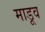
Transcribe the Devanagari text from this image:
माडूव